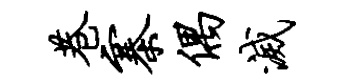
巷寨偶灭